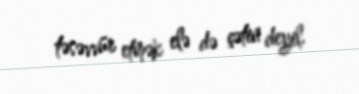
təsəvvür etmək elə də çətin deyil.